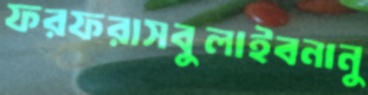
ফরফরাসবুলাইবনানু